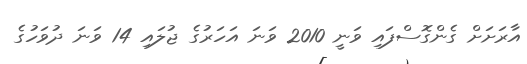
އާރަށަށް ގެންގޮސްފައި ވަނީ 2010 ވަނަ އަހަރުގެ ޖުލައި 14 ވަނަ ދުވަހުގެ